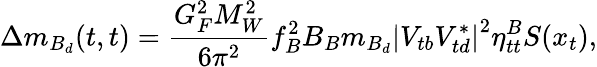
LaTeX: \Delta m_{B_{d}}(t,t)=\frac{G_{F}^{2}M_{W}^{2}}{6\pi^{2}}f_{B}^{2}B_{B}m_{B_{d}}\left|V_{tb}V_{td}^{*}\right|^{2}\eta_{tt}^{B}S(x_{t}),